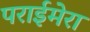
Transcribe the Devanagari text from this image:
पराईमेरा